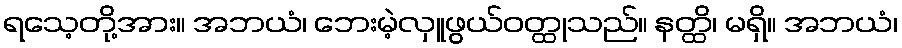
ရသေ့တို့အား။ အဘယံ၊ ဘေးမဲ့လှူဖွယ်ဝတ္ထုသည်။ နတ္ထိ၊ မရှိ။ အဘယံ၊